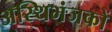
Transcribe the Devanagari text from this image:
अस्थिभंजकों